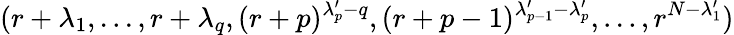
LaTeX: (r+\lambda_{1},...,r+\lambda_{q},(r+p)^{\lambda_{p}^{\prime}-q},(r+p-1)^{\lambda_{p-1}^{\prime}-\lambda_{p}^{\prime}},...,r^{N-\lambda_{1}^{\prime}})